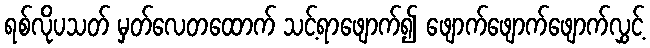
ရစ်လိုပသတ် မှတ်လေတထောက် သင့်ရာဖျောက်၍ ဖျောက်ဖျောက်ဖျောက်လွှင့်